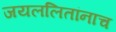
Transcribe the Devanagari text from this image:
जयललितांनाच